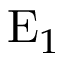
\mathrm { E } _ { 1 }